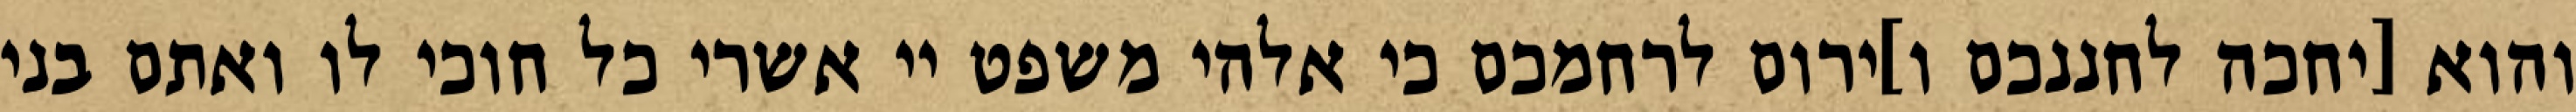
והוא [יחכה לחננכם ו]ירום לרחמכם כי אלהי משפט יי אשרי כל חוכי לו ואתם בני